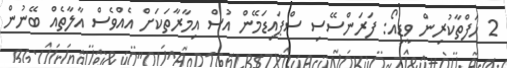
2 ހަފްތާކުރިން ވީޑިއޯ: ފަރަންސޭސި ސްޕައިޑަމޭން އުސް އިމާރާތަކަށް އެއްވެސް އާލާތެއް ބޭނުން